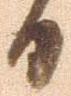
日